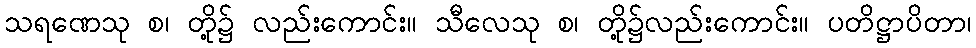
သရဏေသု စ၊ တို့၌ လည်းကောင်း။ သီလေသု စ၊ တို့၌လည်းကောင်း။ ပတိဋ္ဌာပိတာ၊